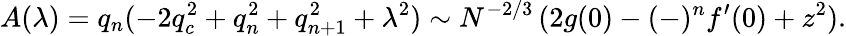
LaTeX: A(\lambda)=q_{n}(-2q_{c}^{2}+q_{n}^{2}+q_{n+1}^{2}+\lambda^{2})\sim N^{-2/3}\, (2g(0)-(-)^{n}f^{\prime}(0)+z^{2}).